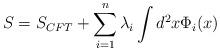
LaTeX: \begin{align*}S=S_{CFT}+\sum _{i=1}^{n}\lambda _{i}\int d^{2}x\Phi _{i}(x)\end{align*}